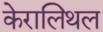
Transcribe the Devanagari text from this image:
केरालिथल